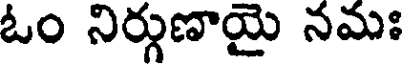
ఓం నిర్గుణాయై నమః